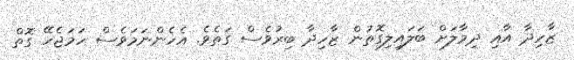
ޒާހިދާ އާއި ދިމާލަށް ބަލައިލިގޮތުން ޒާހިދާ ބިރުވެސް ގަތެވެ. އެހެންނަމަވެސް ހަމަޖެހޭ ގޮތް